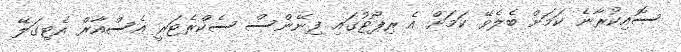
ސޮއިކުރާނެ ކަމަށް ބެލެވޭ ކަމަށް އެ ރިޕޯޓުގައި ފިނޭންސް ސެކްރެޓަރީ އެސްއާރް އެޓިގަލޭ